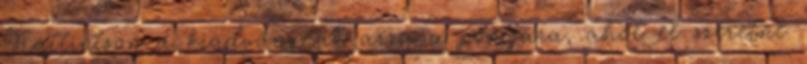
Kattintson a kiadványnak arra a pontjára, ahol el szeretné